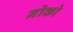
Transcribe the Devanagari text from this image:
नोको